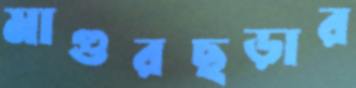
মাগুরছড়ার